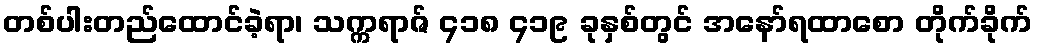
တစ်ပါးတည်ထောင်ခဲ့ရာ၊ သက္ကရာဇ် ၄၁၈ ၄၁၉ ခုနှစ်တွင် အနော်ရထာစော တိုက်ခိုက်